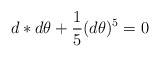
\begin{align*}d*d\theta + \frac{1}{5}(d\theta )^{5}=0\end{align*}